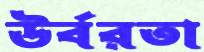
উর্বরতা